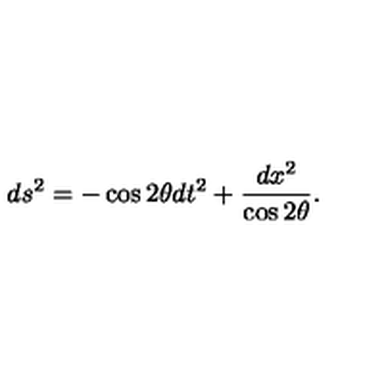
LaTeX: d s ^ { 2 } = - \cos 2 \theta d t ^ { 2 } + \frac { d x ^ { 2 } } { \cos 2 \theta } .